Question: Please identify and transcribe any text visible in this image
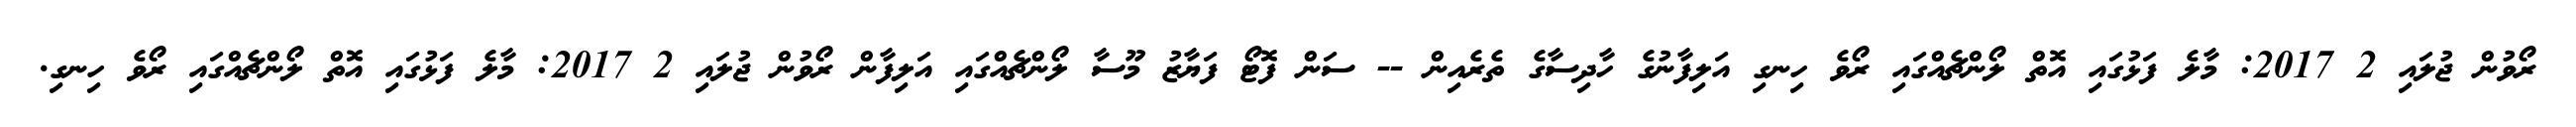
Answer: ރޯވުން ޖުލައި 2 2017: މާލެ ފަޅުގައި އޮތް ލޯންޗެއްގައި ރޯވެ ހިނގި އަލިފާނުގެ ހާދިސާގެ ތެރެއިން -- ސަން ފޮޓޯ ފަޔާޒު މޫސާ ލޯންޗެއްގައި އަލިފާން ރޯވުން ޖުލައި 2 2017: މާލެ ފަޅުގައި އޮތް ލޯންޗެއްގައި ރޯވެ ހިނގި.